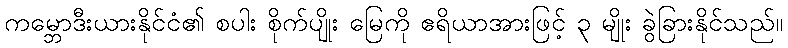
ကမ္ဘောဒီးယားနိုင်ငံ၏ စပါး စိုက်ပျိုး မြေကို ဧရိယာအားဖြင့် ၃ မျိုး ခွဲခြားနိုင်သည်။